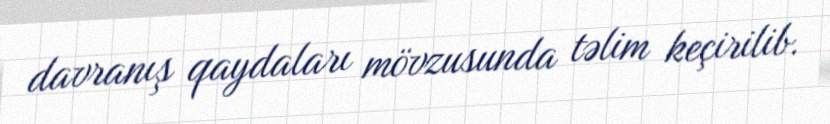
davranış qaydaları mövzusunda təlim keçirilib.